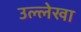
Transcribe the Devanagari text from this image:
उल्लेखा